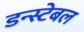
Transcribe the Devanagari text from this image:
डन्स्टेबल